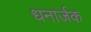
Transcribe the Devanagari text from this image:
धनार्जक